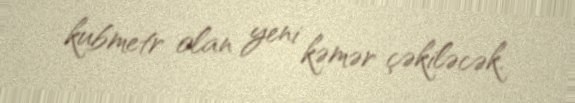
kubmetr olan yeni kəmər çəkiləcək.